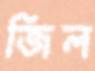
জিল